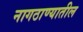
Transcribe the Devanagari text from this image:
नागठाण्यातील